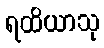
ရထိယာသု